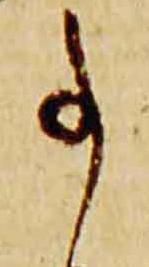
事